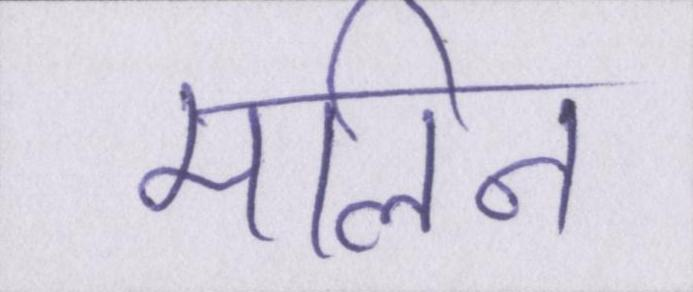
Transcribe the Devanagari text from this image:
मलिन